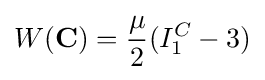
W(\mathbf {C} )={\frac {\mu }{2}}(I_{1}^{C}-3)